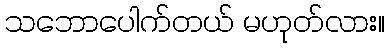
သဘောပေါက်တယ် မဟုတ်လား။